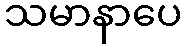
သမာနာပေ